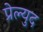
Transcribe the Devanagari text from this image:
प्रेल्युद